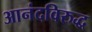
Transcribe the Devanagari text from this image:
आनंदविरुद्ध